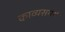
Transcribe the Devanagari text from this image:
काव्यसमर्थ